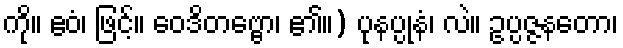
ကို။ ဧဝံ၊ ဖြင့်။ ဝေဒိတဗ္ဗော၊ ၏။) ပုနပ္ပုနံ၊ လဲ။ ဥပ္ပဇ္ဇနတော၊